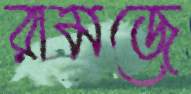
রামজে